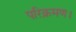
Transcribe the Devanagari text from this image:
परिक्रमण।